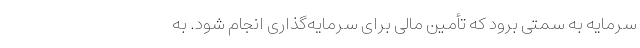
سرمایه به سمتی برود که تأمین مالی برای سرمایه‌گذاری انجام شود. به